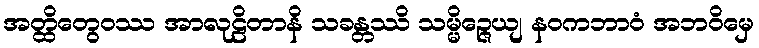
အတ္ထိတွေဝဿ အာလုဠိတာနိ သခန္တဿိ သမ္မိဉ္ဇေယျ နဝကဘာဝံ အဘဝိမှေ